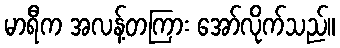
မာရီက အလန့်တကြား အော်လိုက်သည်။